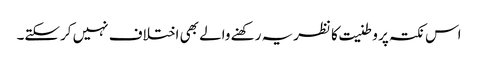
اس نکتہ پر وطنیت کا نظریہ رکھنے والے بھی اختلاف نہیں کرسکتے۔